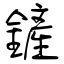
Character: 鏟